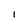
Character: 1